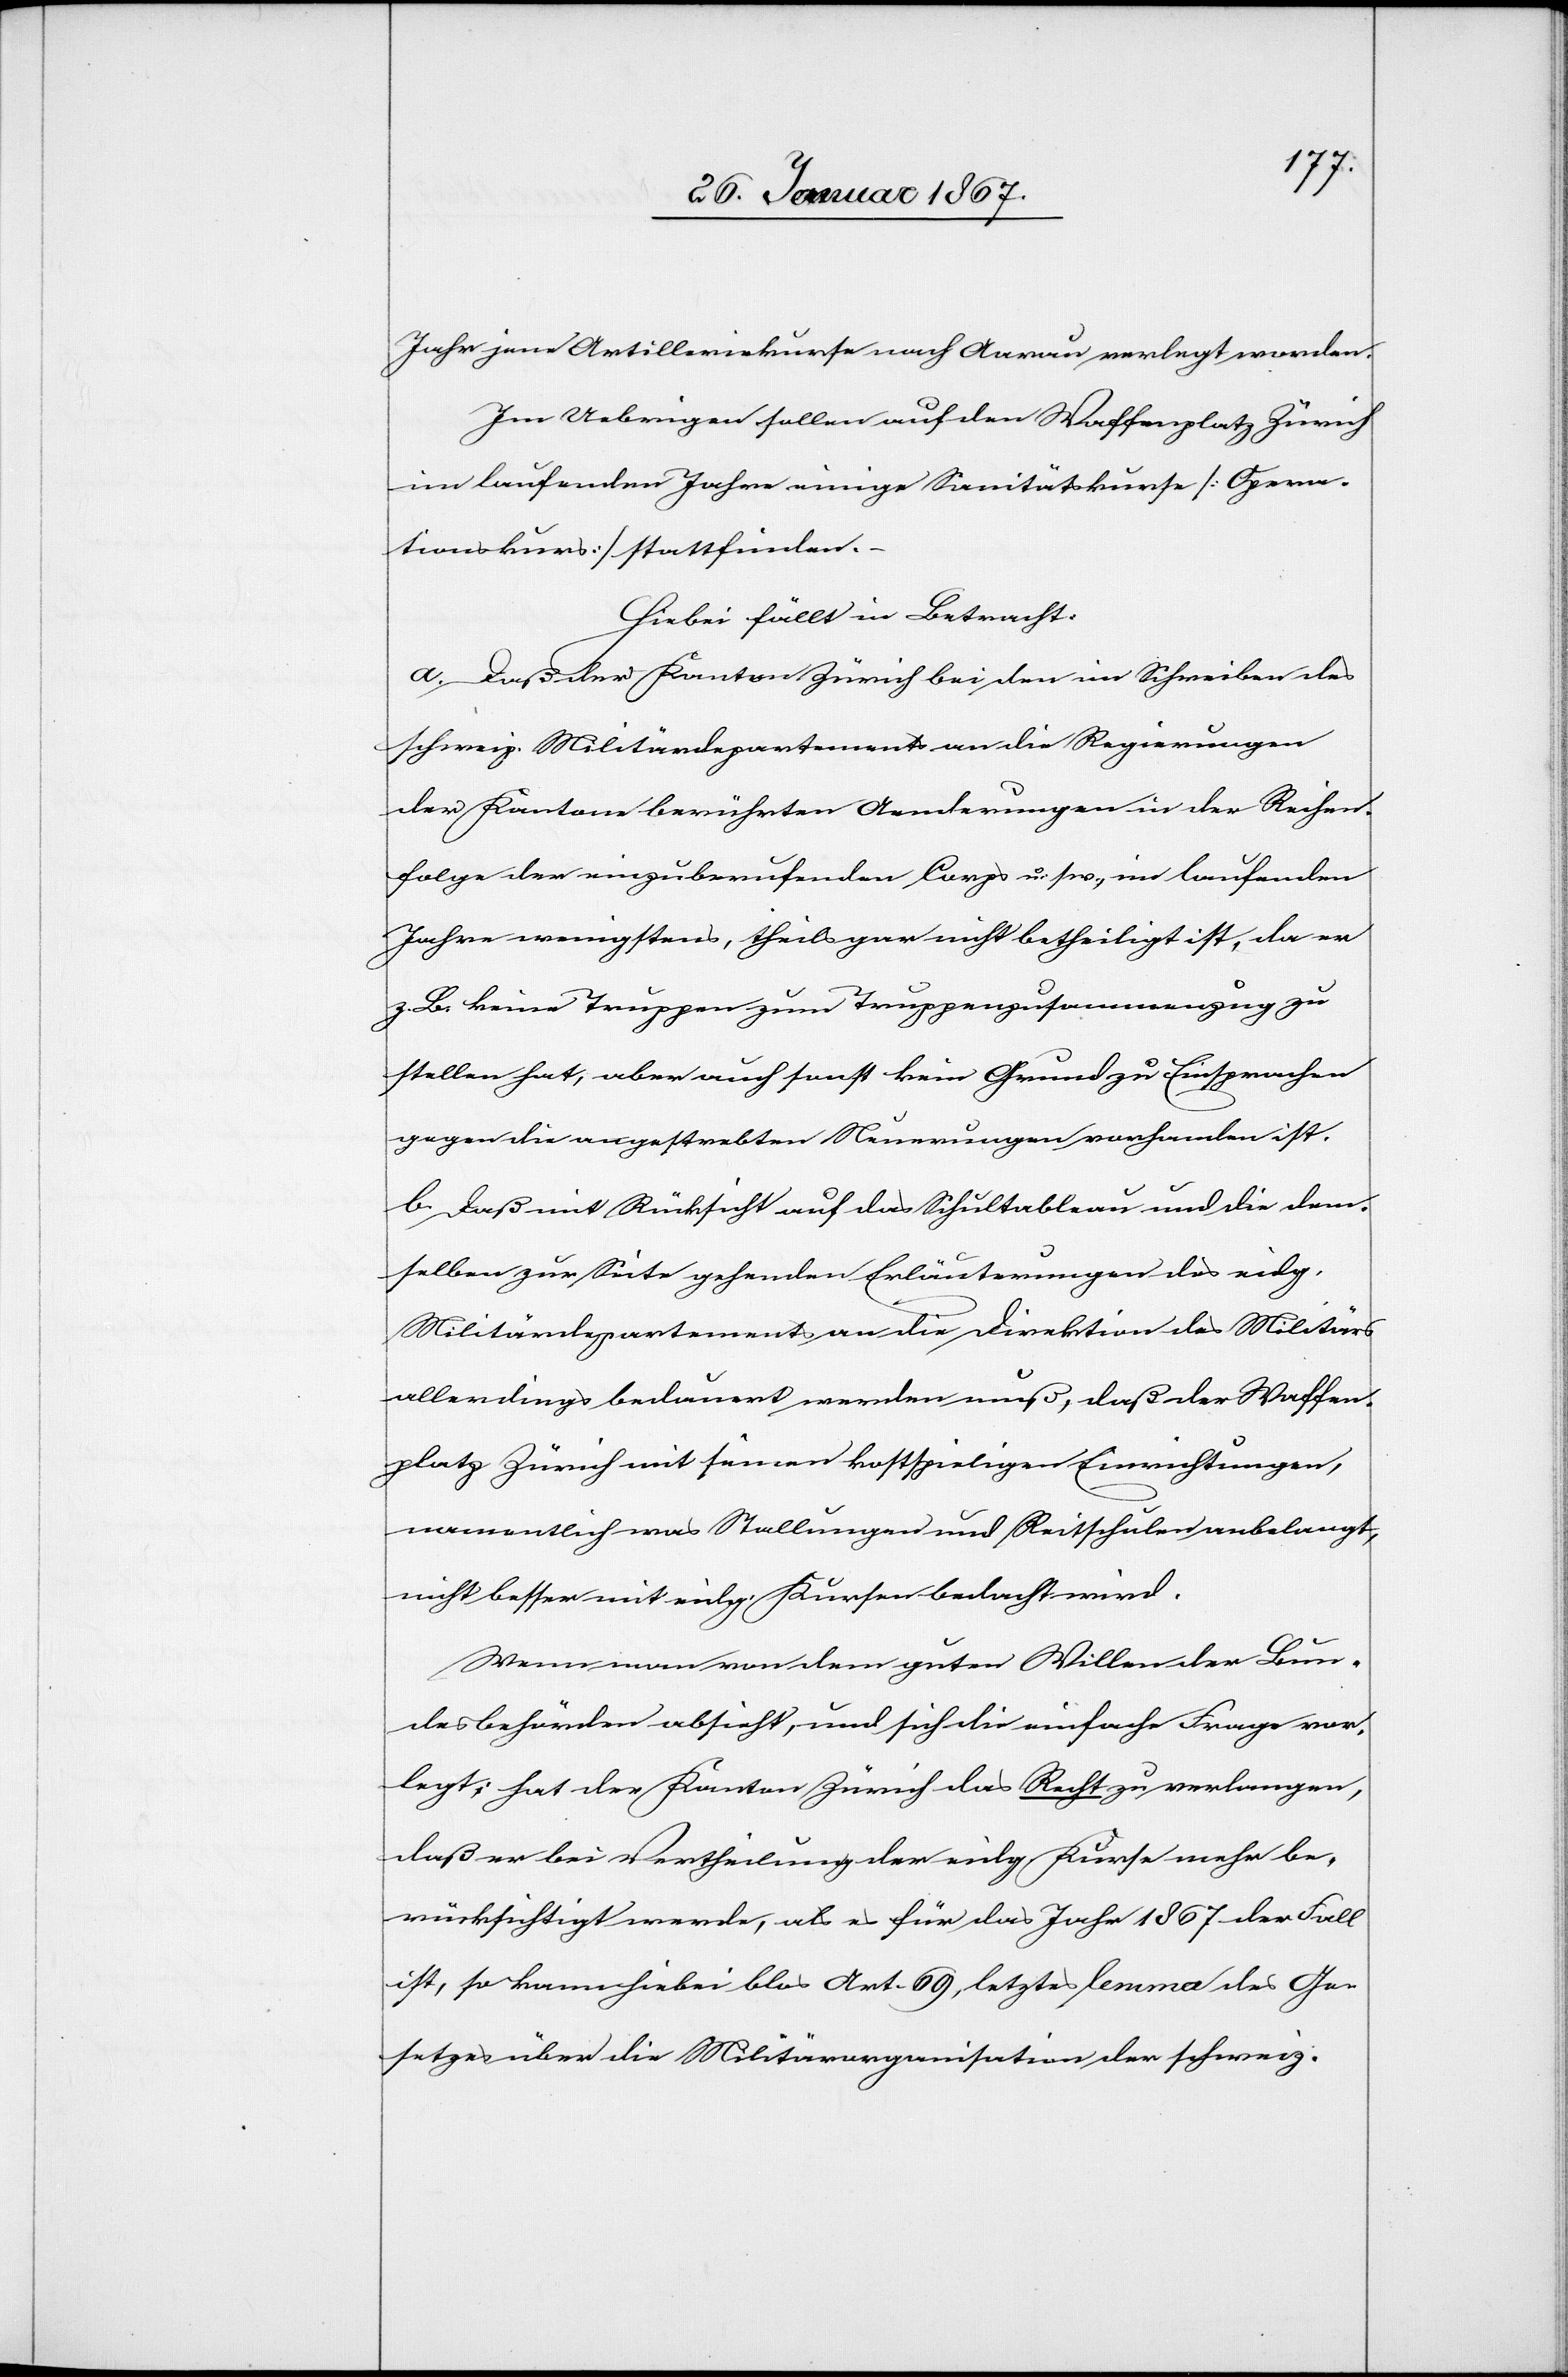
Jahr jene Artilleriekurse nach Aarau verlegt worden.
Im Uebrigen sollen auf dem Waffenplatz Zürich
im laufenden Jahre einige Sanitätskurse (Opera¬
tionskurs) stattfinden.
Hiebei fällt in Betracht:
a. Daß der Kanton Zürich bei den im Schreiben des
schweiz. Militärdepartements an die Regierungen
der Kantone berührten Aenderungen in der Reihen¬
folge der einzuberufenden Corps u. s. w. im laufenden
Jahre wenigstens, theils gar nicht betheiligt ist, da er
z. B. keine Truppen zum Truppenzusammenzug zu
stellen hat, aber auch sonst kein Grund zu Einsprachen
gegen die angestrebten Neuerungen vorhanden ist.
b. Daß mit Rücksicht auf das Schultableau und die dem¬
selben zur Seite gehenden Erläuterungen des eidg.
Militärdepartements an die Direktion des Militärs
allerdings bedauert werden muß, daß der Waffen¬
platz Zürich mit seinen kostspieligen Einrichtungen,
namentlich was Stallungen und Reitschulen anbelangt,
nicht besser mit eidg. Kursen bedacht wird.
Wenn man von dem guten Willen der Bun¬
desbehörden absieht, und sich die einfache Frage vor¬
legt; hat der Kanton Zürich das Recht zu verlangen,
daß er bei Vertheilung der eidg. Kurse mehr be¬
rücksichtigt werde, als es für das Jahr 1867 der Fall
ist, so kann hiebei blos Art. 69, letztes lemma des Ge¬
setzes über die Militärorganisation der schweiz.